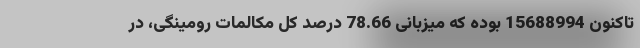
تاکنون 15688994 بوده که میزبانی 78.66 درصد کل مکالمات رومینگی، در